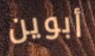
أبوين